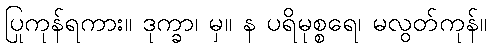
ပြုကုန်ရကား။ ဒုက္ခာ၊ မှ။ န ပရိမုစ္စရေ၊ မလွတ်ကုန်။